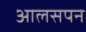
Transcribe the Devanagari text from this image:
आलसपन